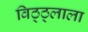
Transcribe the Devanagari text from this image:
विठ्ठ्लाला